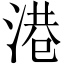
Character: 港